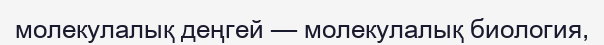
молекулалық деңгей — молекулалық биология,